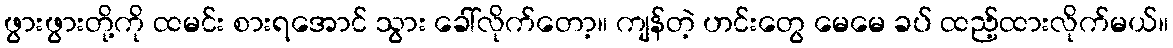
ဖွားဖွားတို့ကို ထမင်း စားရအောင် သွား ခေါ်လိုက်တော့။ ကျန်တဲ့ ဟင်းတွေ မေမေ ခပ် ထည့်ထားလိုက်မယ်။